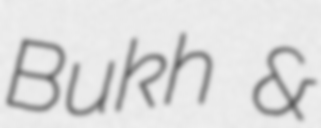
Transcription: Bukh &